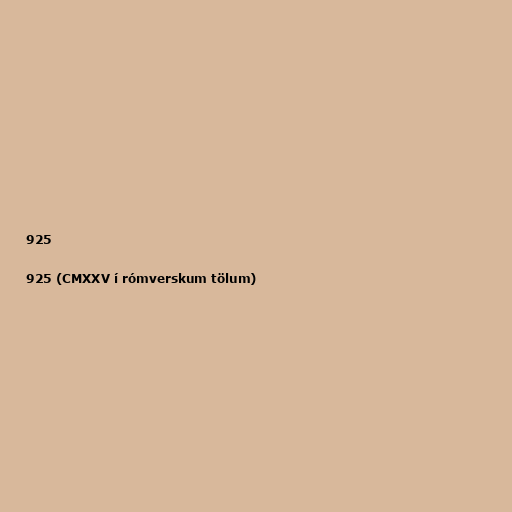
925

925 (CMXXV í rómverskum tölum)